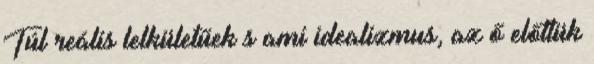
Túl reális lelkületűek s ami idealizmus, az ő előttük